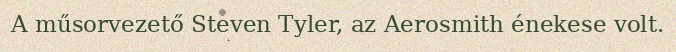
A műsorvezető Steven Tyler, az Aerosmith énekese volt.